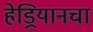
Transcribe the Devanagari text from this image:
हेड्रियानचा